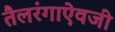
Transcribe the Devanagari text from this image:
तैलरंगाऐवजी